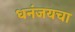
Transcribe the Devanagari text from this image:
धनंजयचा